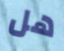
هل